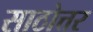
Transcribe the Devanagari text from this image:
साठोत्तर